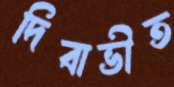
দিবাভীত